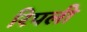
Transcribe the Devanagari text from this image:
रिपली